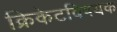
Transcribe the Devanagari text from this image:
क्रिकेटविषयक